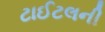
ટાઈટલની